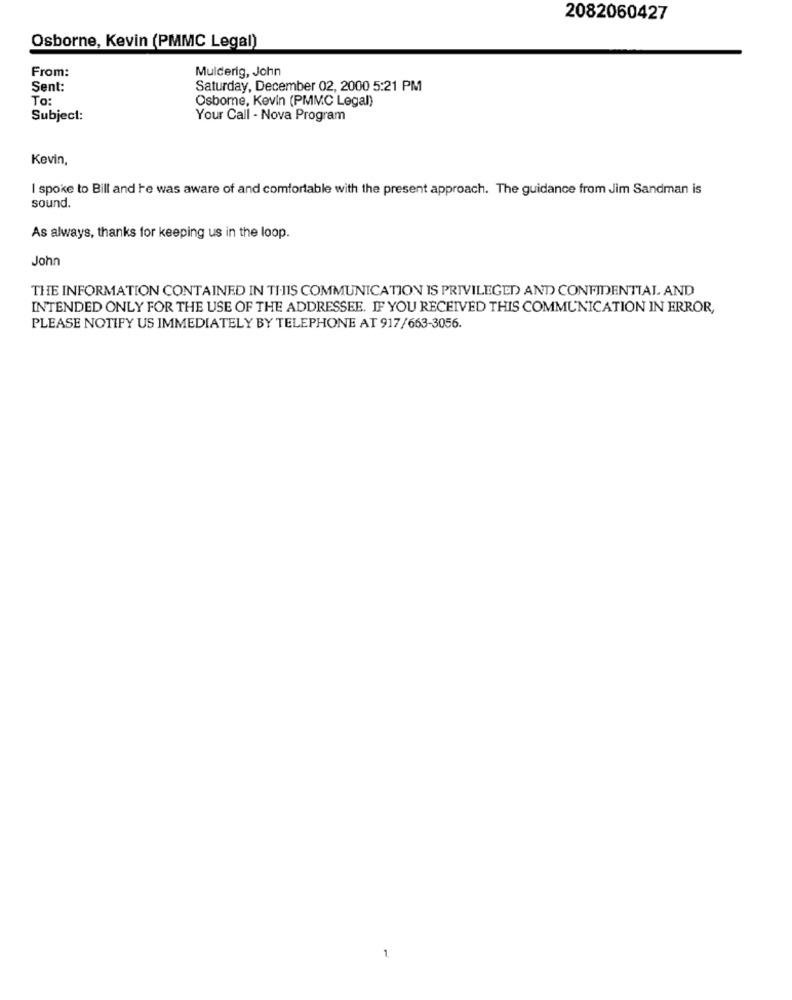
2082060427
Osborne, Kevin (PMMC Legal)
From:
Mulderig, John
Sent:
Saturday, December 02, 2000 5:21 PM
To:
Osbome, Kevin (PMMC Legal)
Subject:
Your Call - Nova Program
Kevin,
I spoke to Bill and te was aware of and comfortable with the present approach. The guidance from Jim Sandman is
sound.
As always, thanks for keeping us in the loop.
John
THE INFORMATION CONTAINED IN THIS COMMUNICATION IS PRIVILEGED AND CONFIDENTIAL AND
INTENDED ONLY FOR THE USE OF THE ADDRESSEE. IF YOU RECEIVED THIS COMMUNICATION IN ERROR,
PLEASE NOTIFY US IMMEDIATELY BY TELEPHONE AT 917/663-3056.
1